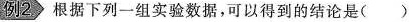
例2 根据下列一组实验数据，可以得到的结论是()